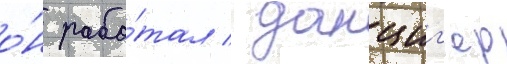
о́н рабо́тал / данциг'ер